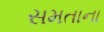
સમતાના